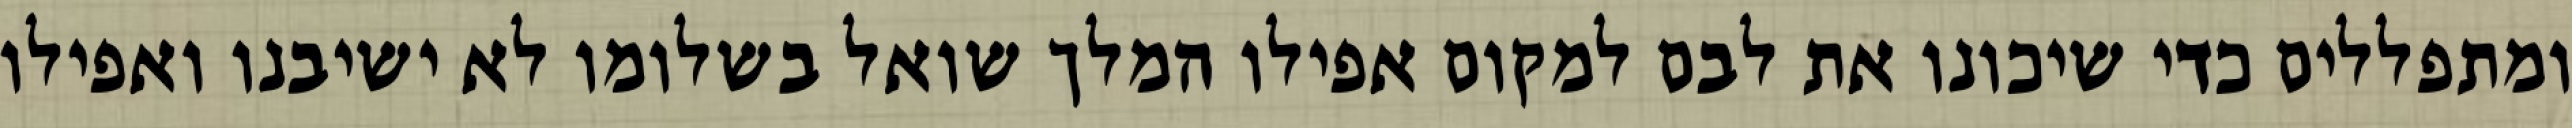
ומתפללים כדי שיכונו את לבם למקום אפילו המלך שואל בשלומו לא ישיבנו ואפילו